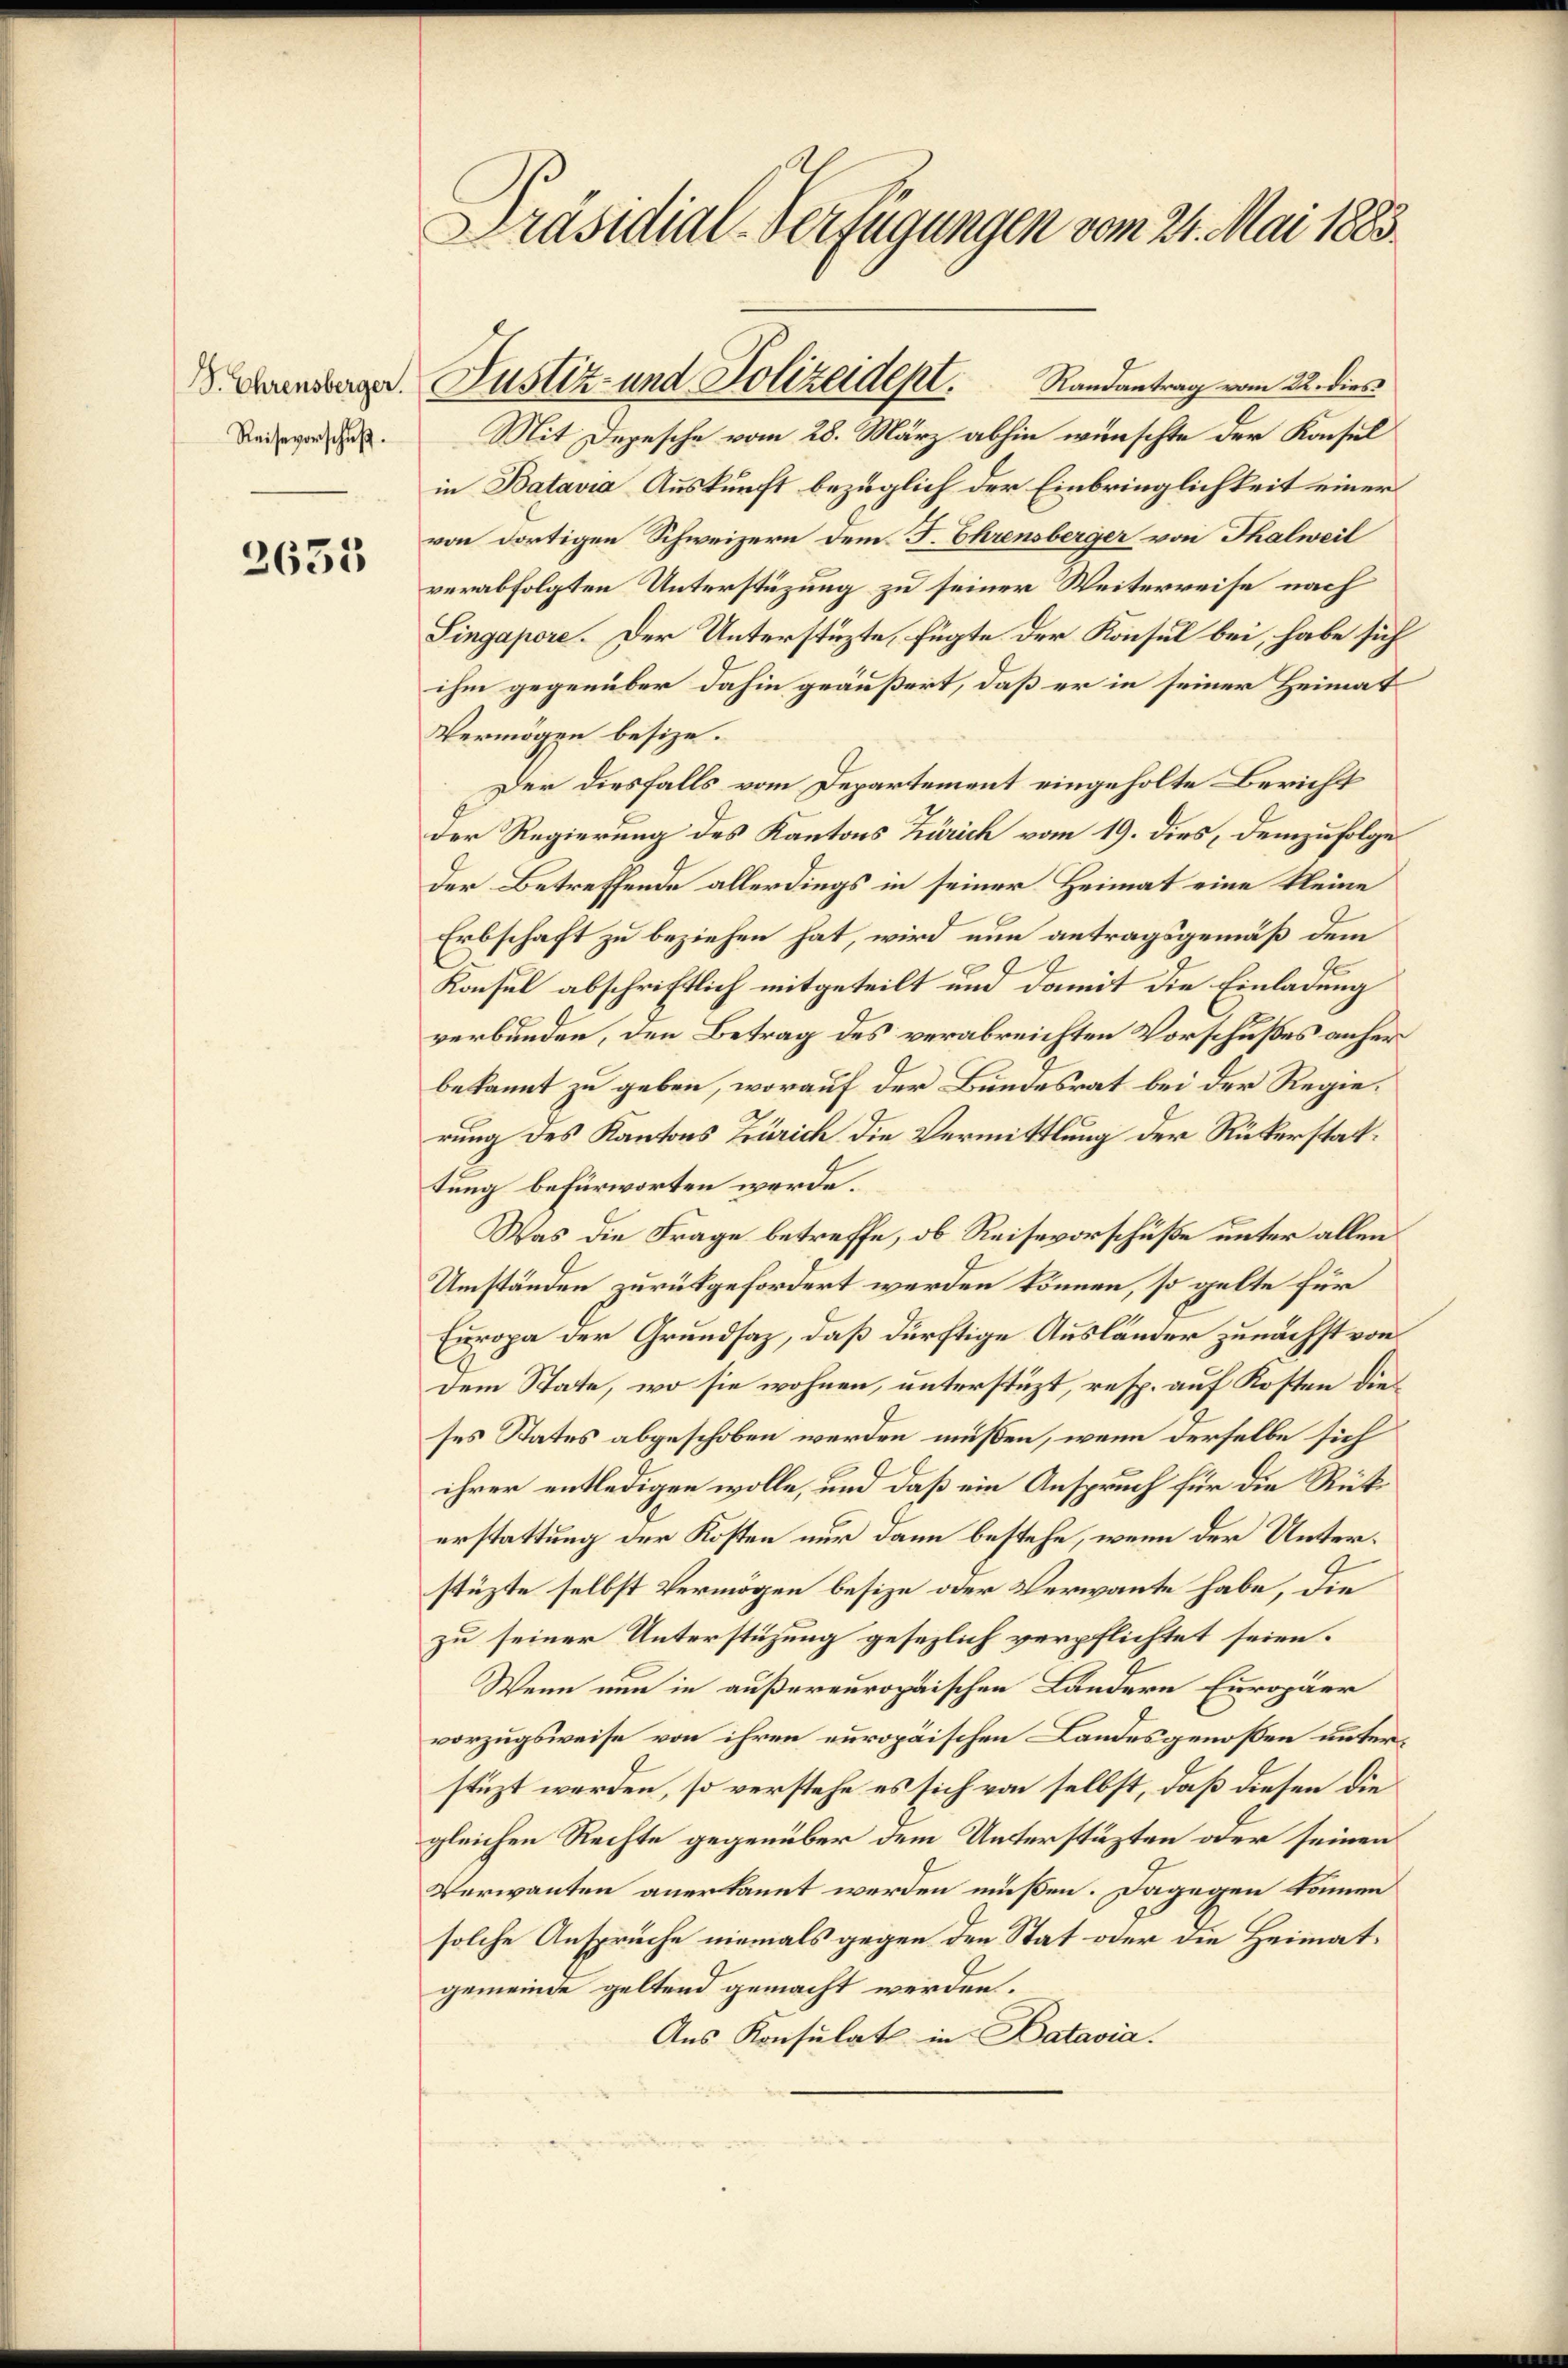
S. Ehrensberger.
Reisevorschuß.

3633

Präsidial-Verfügungen vom 24. Mai 1883.

Mit Depesche vom 28. März abhin wünschte der Konsul
in Batavia Auskunft bezüglich der Einbringlichkeit einer
von dortigen Schweizern dem J. Ehrensberger von Thalweil
verabfolgten Unterstüzung zu seiner Weiterreise nach
Singapore. Der Unterstüzte, fügte der Konsul bei, habe sich
ihm gegenüber dahin geäußert, daß er in seiner Heimat
Vermögen besize.
Der diesfalls vom Departement eingeholte Bericht
Der Regierung des Kantons Zürich vom 19. dies, demzufolge
der Betreffende allerdings in seiner Heimat eine kleine
Erbschaft zu beziehen hat, wird nun antragsgemäß dem
Konsul abschriftlich mitgeteilt und damit die Einladung
.
verbunden, den Betrag des verabreichten Vorschußes anher
bekannt zu geben, worauf der Bundesrat bei der Regierung des Kantons Zürich die Vermittlung der Rükerstattung befürworten werde.
Was die Frage betreffe, ob Reisevorschüße unter allen
Umständen zurückgefordert werden können, so gelte für
Europa der Grundsaz, daß dürftige Ausländer zunächst von
Dem State, wo sie wohnen, unterstüzt, resp. auf Kosten die
ses Status abgeschoben werden müßen, wenn derselbe sich
ihrer entledigen wolle, und daß ein Anspruch für die Rüt
erstattung der Kosten nur dann bestehe, wenn der Unterstüzte selbst Vermögen besize oder Verwante habe, die
zu seiner Unterstüzung gesezlich verpflichtet seien.
Wenn nun in außereuropäischen Ländern Europäer
vorzugsweise von ihren europäischen Landesgenoßen unterstüzt werden, so verstehe es sich von selbst, daß diesen die
gleichen Rechte gegenüber dem Unterstüzten oder seinen
Verwanten anerkannt werden müßen. Dagegen können
solche Ansprüche niemals gegen den Stat oder die Heimatgemeinde geltend gemacht werden.
Aus Konsulat in Datavia.

Justiz- und Polizeidept. Randantrag vom 22. dies